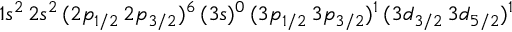
1 s ^ { 2 } \, 2 s ^ { 2 } \, ( 2 p _ { 1 / 2 } \, 2 p _ { 3 / 2 } ) ^ { 6 } \, ( 3 s ) ^ { 0 } \, ( 3 p _ { 1 / 2 } \, 3 p _ { 3 / 2 } ) ^ { 1 } \, ( 3 d _ { 3 / 2 } \, 3 d _ { 5 / 2 } ) ^ { 1 }